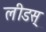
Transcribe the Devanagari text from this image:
लीडस्